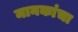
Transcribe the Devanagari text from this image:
मानकांचा